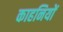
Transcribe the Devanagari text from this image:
काहनियों